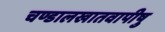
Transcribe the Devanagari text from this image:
चण्डालखातवापीषु